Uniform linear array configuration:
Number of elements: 8
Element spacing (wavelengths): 0.5
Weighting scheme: uniform
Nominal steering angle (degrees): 60
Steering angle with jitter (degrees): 58.23
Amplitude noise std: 0.05
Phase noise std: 0.05

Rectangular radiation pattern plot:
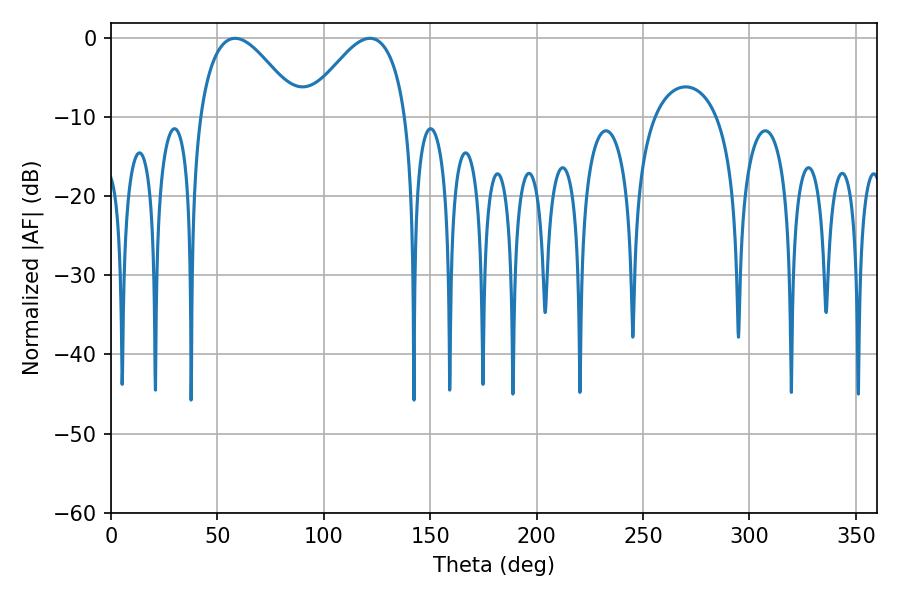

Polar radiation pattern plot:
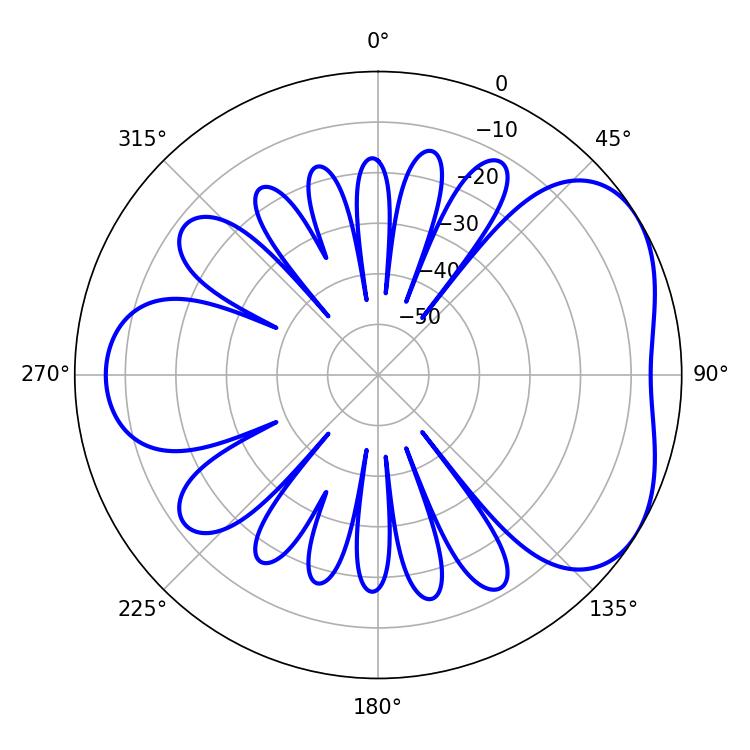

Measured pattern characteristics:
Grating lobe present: FALSE
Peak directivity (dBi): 4.402
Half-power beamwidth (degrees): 25.56
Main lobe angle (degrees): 58.32